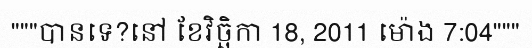
"""បានទេ?នៅ ខែវិច្ឆិកា 18, 2011 ម៉ោង 7:04"""